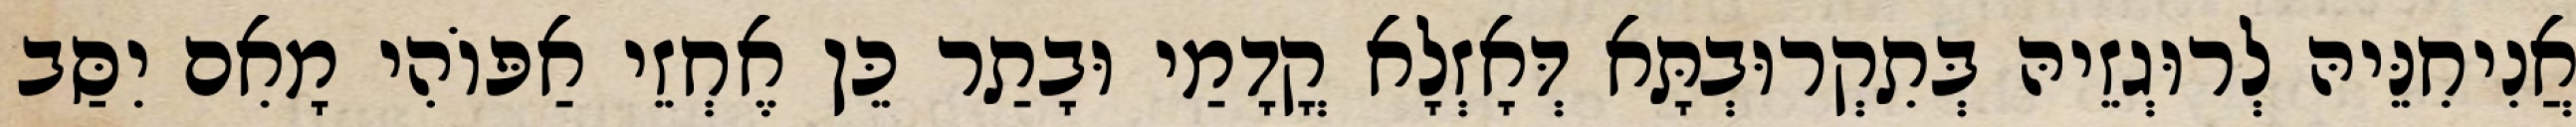
אֲנִיחִנֵּיהּ לְרוּגְזֵיהּ בְּתִקְרוּבְתָּא דְּאָזְלָא קֳדָמַי וּבָתַר כֵּן אֶחְזֵי אַפּוֹהִי מָאִם יִסַּב